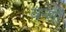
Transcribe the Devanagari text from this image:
वन्शों